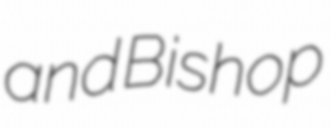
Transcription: and Bishop